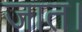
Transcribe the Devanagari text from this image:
जात।